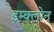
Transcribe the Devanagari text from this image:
इम्‍क्‍लोन